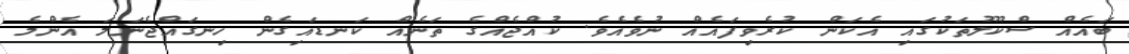
ބައެއް ސްކޫލުތަކުގައި އެކަން ކުރެވިފައެއް ނުވެއެވެ. ކުއްޖެއްގެ ތަނެއް ކަނޑައިގެން ހިނގައްޖެނަމަ އެންމެ